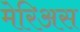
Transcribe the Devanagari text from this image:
मेरिअस